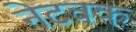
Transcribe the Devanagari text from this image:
नेटवक